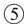
⑤